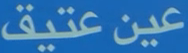
عينعتيق